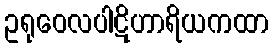
ဥရုဝေလပါဋိဟာရိယကထာ